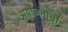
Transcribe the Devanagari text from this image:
अयोजनाची